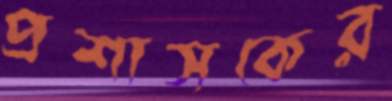
প্রশাসকের